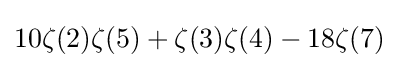
10\zeta (2)\zeta (5)+\zeta (3)\zeta (4)-18\zeta (7)